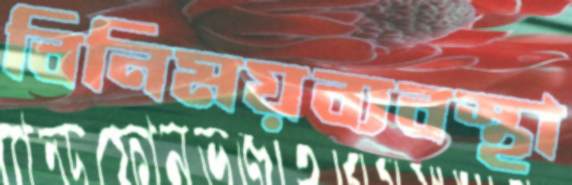
বিনিময়ব্যবস্থা